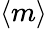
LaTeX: \langle m\rangle